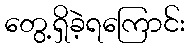
တွေ့ရှိခဲ့ရကြောင်း